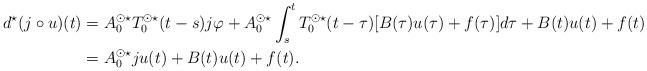
LaTeX: \begin{align*} d^\star(j \circ u)(t) &= A_0^{\odot \star} T_0^{\odot \star}(t-s)j\varphi + A_0^{\odot \star} \int_s^t T_0^{\odot \star}(t-\tau) [B(\tau)u(\tau) + f(\tau)] d\tau + B(t)u(t) + f(t)\\ &= A_0^{\odot \star}ju(t) + B(t)u(t) + f(t).\end{align*}